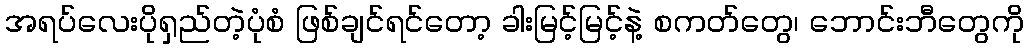
အရပ်လေးပိုရှည်တဲ့ပုံစံ ဖြစ်ချင်ရင်တော့ ခါးမြင့်မြင့်နဲ့ စကတ်တွေ၊ ဘောင်းဘီတွေကို